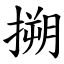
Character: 搠